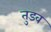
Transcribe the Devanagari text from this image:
तुडव